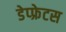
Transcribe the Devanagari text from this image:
डेप्फ्रेटस